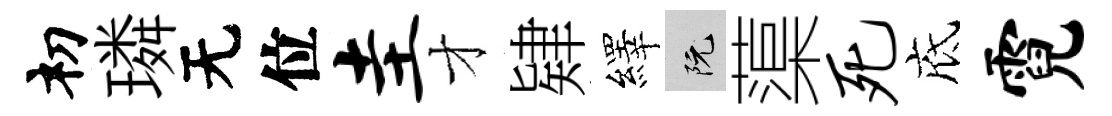
𥘉璘无位圭才肄繹阮蕖死底霓